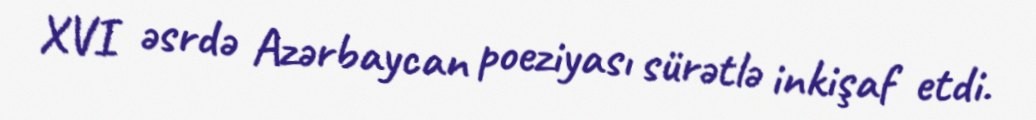
XVI əsrdə Azərbaycan poeziyası sürətlə inkişaf etdi.